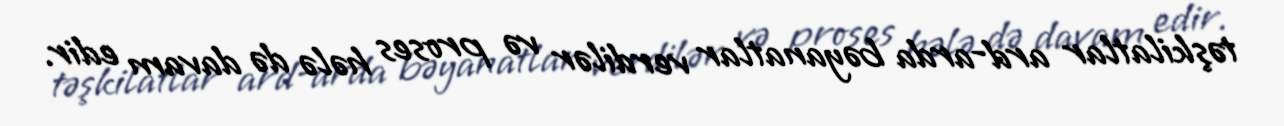
təşkilatlar ard-arda bəyanatlar verdilər və proses hələ də davam edir.